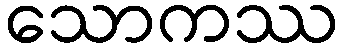
သောကဿ